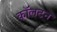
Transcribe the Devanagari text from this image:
काॅलटन